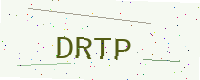
Text: DRTP